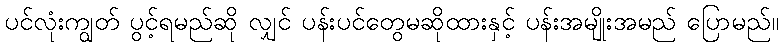
ပင်လုံးကျွတ် ပွင့်ရမည်ဆို လျှင် ပန်းပင်တွေမဆိုထားနှင့် ပန်းအမျိုးအမည် ပြောမည်။